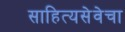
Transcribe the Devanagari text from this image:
साहित्यसेवेचा